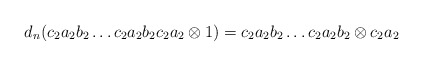
\begin{align*}d_n(c_2a_2b_2 \dots c_2a_2b_2c_2a_2 \otimes 1) = c_2a_2b_2 \dots c_2a_2b_2 \otimes c_2a_2\end{align*}